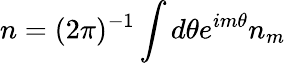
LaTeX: n=(2\pi)^{-1}\int d\theta e^{im\theta}n_{m}